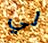
لي